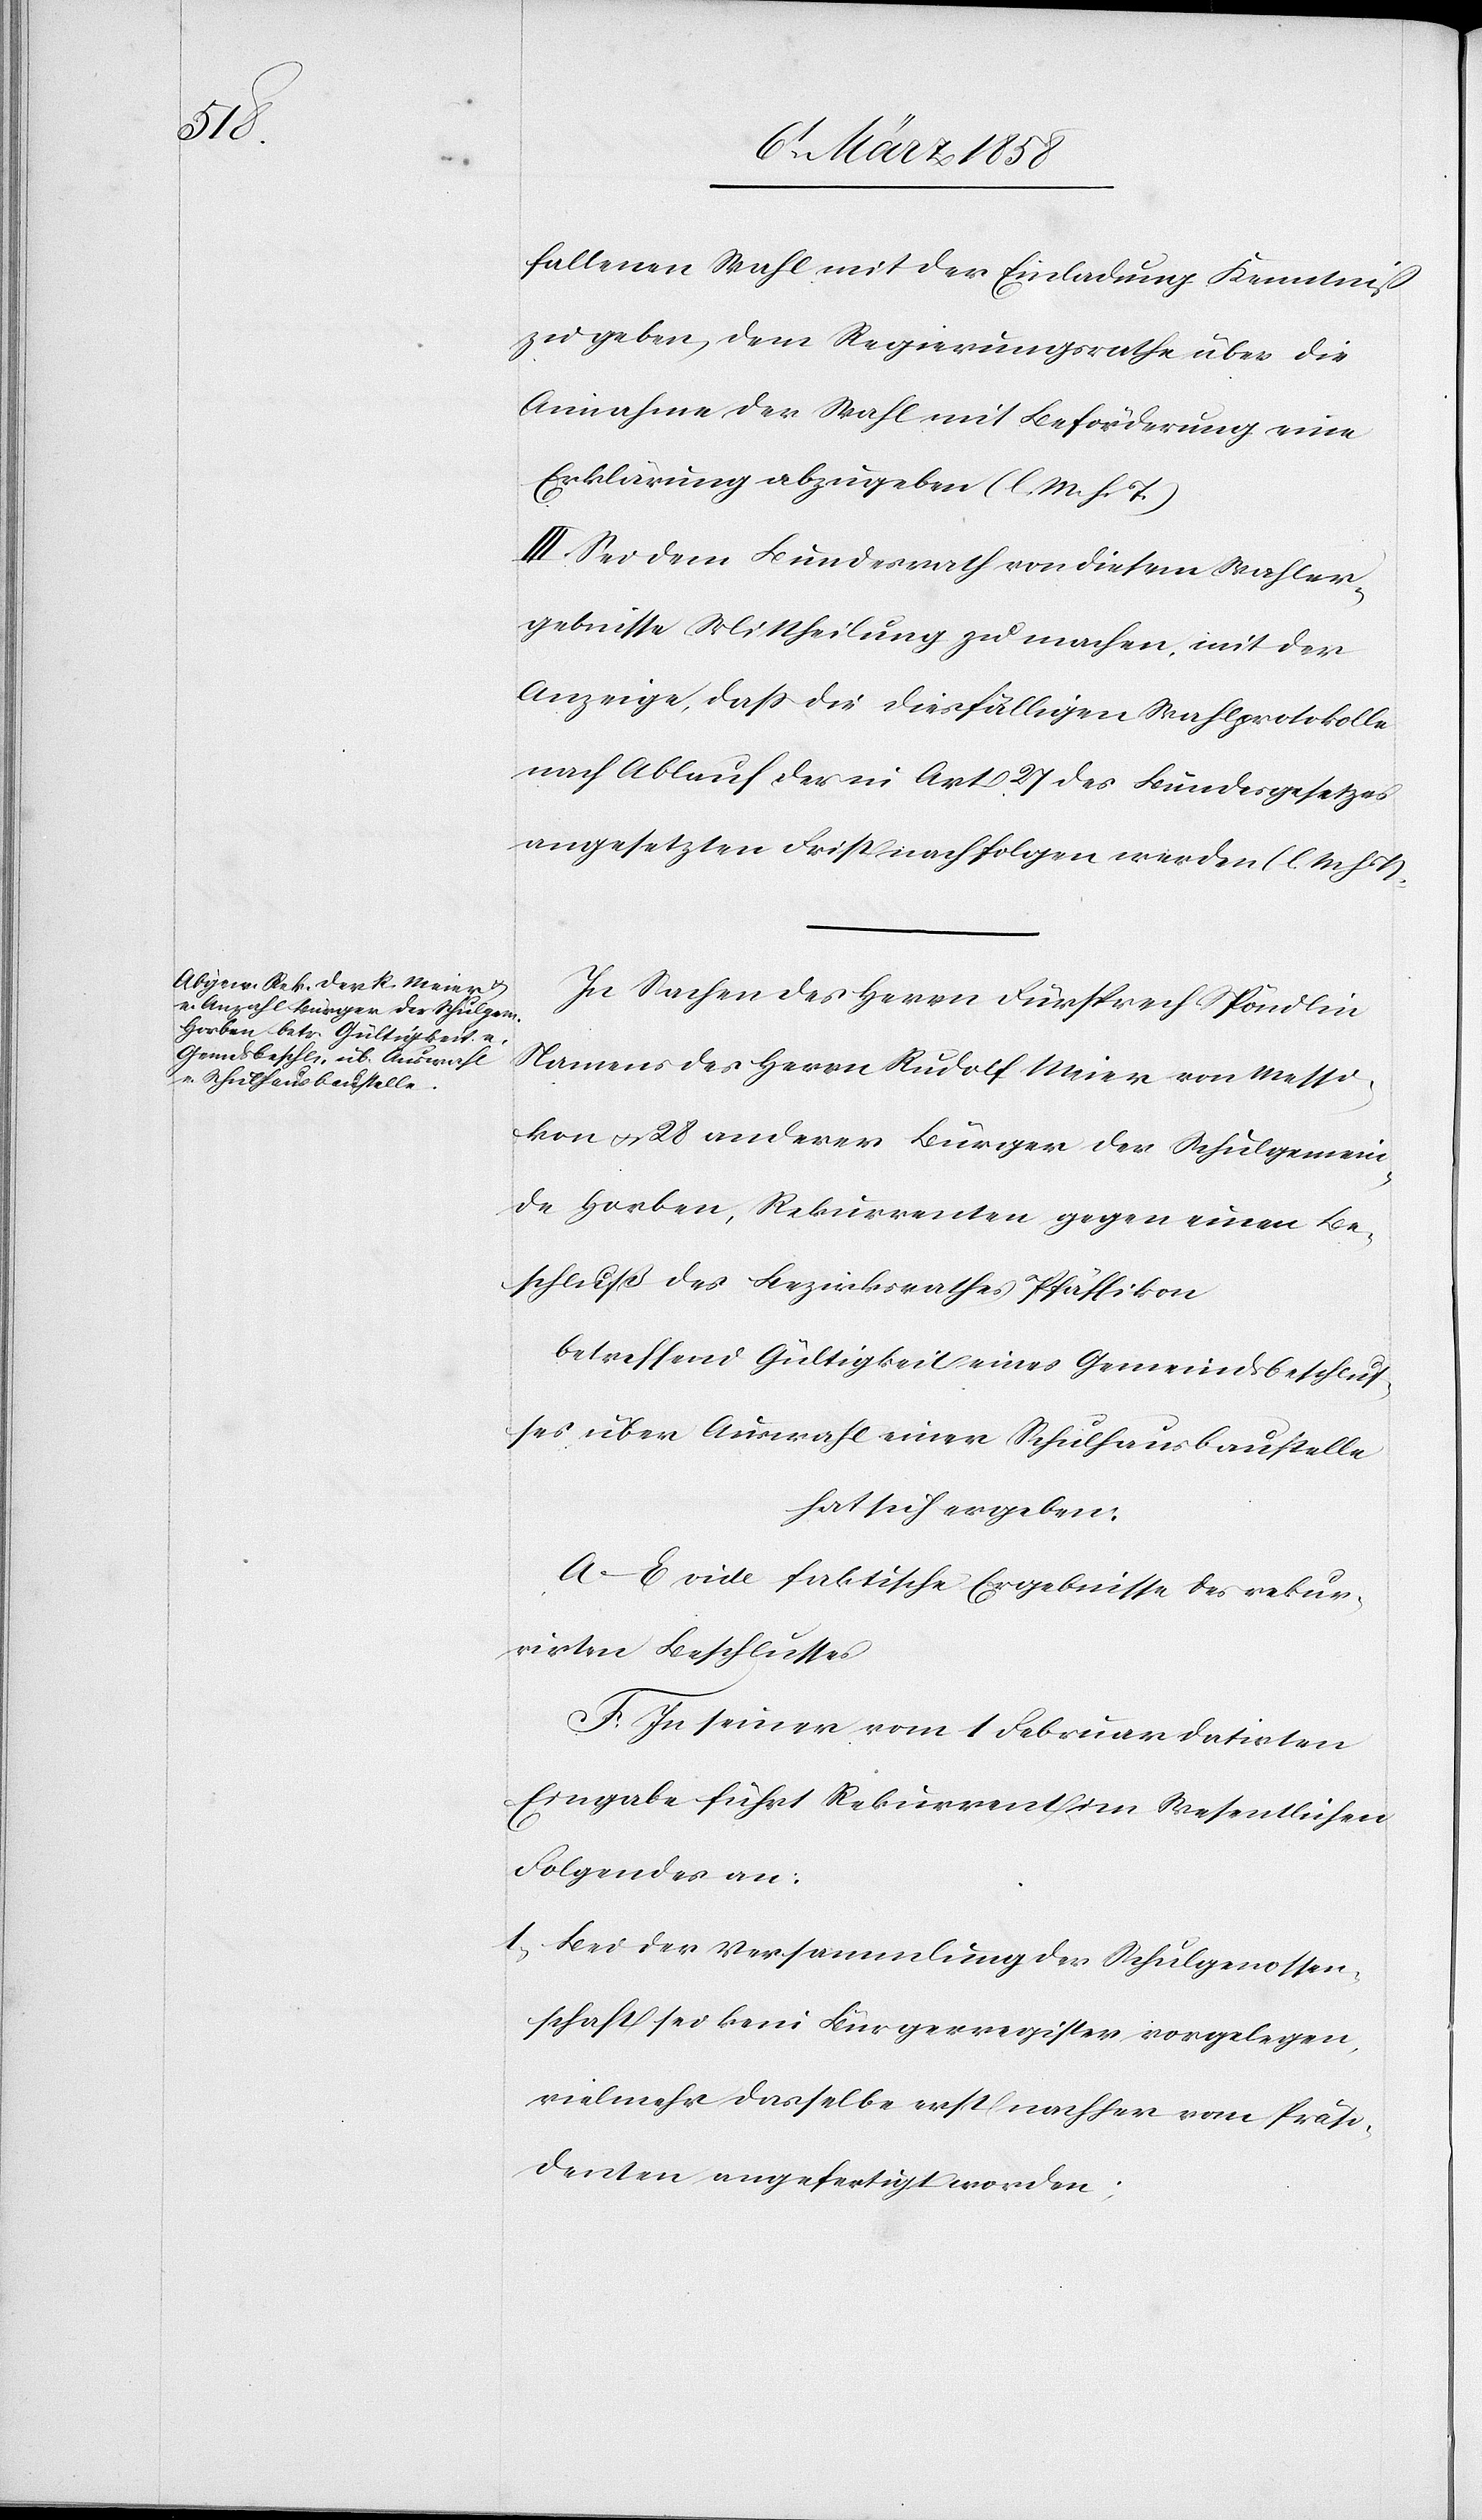
fallenen Wahl mit der Einladung Kenntniß
zu geben, dem Regierungsrathe über die
Annahme der Wahl mit Beförderung eine
Erklärung abzugeben. (l. M. h. T.)
III. Sei dem Bundesrath von diesem Wahler¬
gebnisse Mittheilung zu machen, mit der
Anzeige, daß die diesfälligen Rathsprotokolle
nach Ablauf der in Art. 27 des Bundesgesetzes
angesetzten Frist nachfolgen werden. (l. M. h.
In Sachen des Herrn Fürsprech Spöndlin
Namens des Herrn Rudolf Meier von Messi¬
kon & 28 andern Bürger der Schulgemein¬
de Horben, Rekurrenten gegen einen Be¬
schluß des Bezirksrathes Pfäffikon
betreffend Gültigkeit eines Gemeindsbeschlus¬
ses über Auswahl einer Schulhausbaustelle
hat sich ergeben.
A–E. vide faktische Ergebnisse des rekur¬
rirten Beschlusses.
F. In seiner vom 1. Februar datirten
Eingabe führt Rekurrent im Wesentlichen
Folgendes an:
1. Bei der Versammlung der Schulgenossen¬
schaft sei kein Bürgerregister vorgelegen,
vielmehr dasselbe erst nachher vom Präsi¬
denten angefertigt worden;